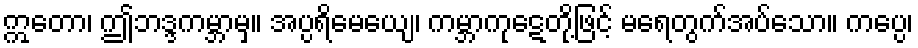
ဣတော၊ ဤဘဒ္ဒကမ္ဘာမှ။ အပ္ပရိမေယျေ၊ ကမ္ဘာကုဋေတို့ဖြင့် မရေတွက်အပ်သော။ ကပ္ပေ၊